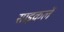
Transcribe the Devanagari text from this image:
साइकलें